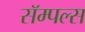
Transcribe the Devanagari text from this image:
सॅम्पल्स